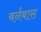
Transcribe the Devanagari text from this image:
बर्नबास